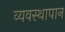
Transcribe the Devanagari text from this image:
व्यवस्थापान